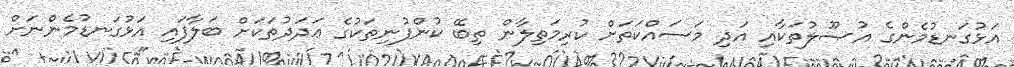
އަޅުގަނޑުމެންގެ އުޞޫލުތަކާއި އަދި މަސައްކަތަށް ކުރިމަތިލާން ތިބޭ ކުންފުނިތަކުގެ ޢަދަދުތަކަށް ބަލާފައި އަޅުގަނޑުމެންނަށް